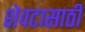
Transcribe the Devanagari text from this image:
शेवटासाठी